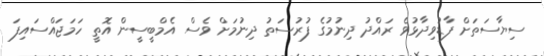
ސިޔާސަތަށް ފާޑުވިދާޅުވެ ރައްދު ދިނުމުގެ ފުރުސަތު ދިނުމަށް ވެސް އެމްބީސީން އޮތީ ހަމަޖައްސައިފަ